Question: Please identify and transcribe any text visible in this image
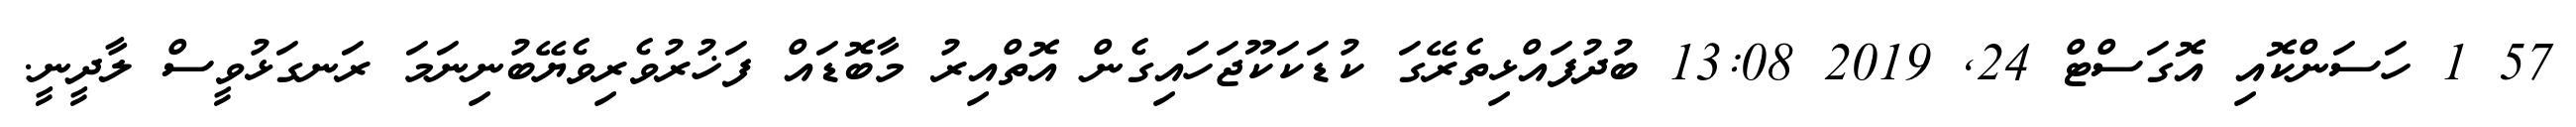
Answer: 57 1 ހަސަންކޮއި އޮގަސްޓް 24, 2019 13:08 ބުދުފައްޅިތެރޭގަ ކުޑަކަކޫޖަހައިގެން އޮތްއިރު މާބޮޑައް ފަޚުރުވެރިވެޔޭބުނިނަމަ ރަނގަޅުވީސް ލާދީނީ.